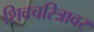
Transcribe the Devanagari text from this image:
शिवचरित्रावर